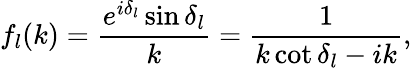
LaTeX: f_{l}(k)=\frac{e^{i\delta_{l}}\sin\delta_{l}}{k}=\frac{1}{k\cot\delta_{l}-ik},